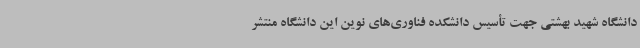
دانشگاه شهید بهشتی جهت تأسیس دانشکده فناوری‌های نوین این دانشگاه منتشر